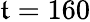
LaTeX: \mathfrak{t}=160